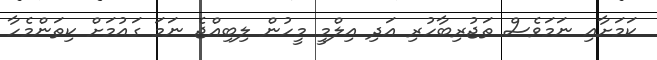
ކަމަށާއި ނަމަވެސް ތަޖުރިބާހުރި އަދި އިލްމީ މީހުން ލިބިއްޖެ ނަމަ ގައުމަށް ކިތަންމެހާ